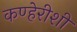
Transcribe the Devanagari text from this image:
कण्हेरीशी